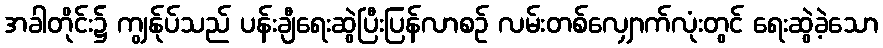
အခါတိုင်း၌ ကျွန်ုပ်သည် ပန်းချီရေးဆွဲပြီးပြန်လာစဉ် လမ်းတစ်လျှောက်လုံးတွင် ရေးဆွဲခဲ့သော